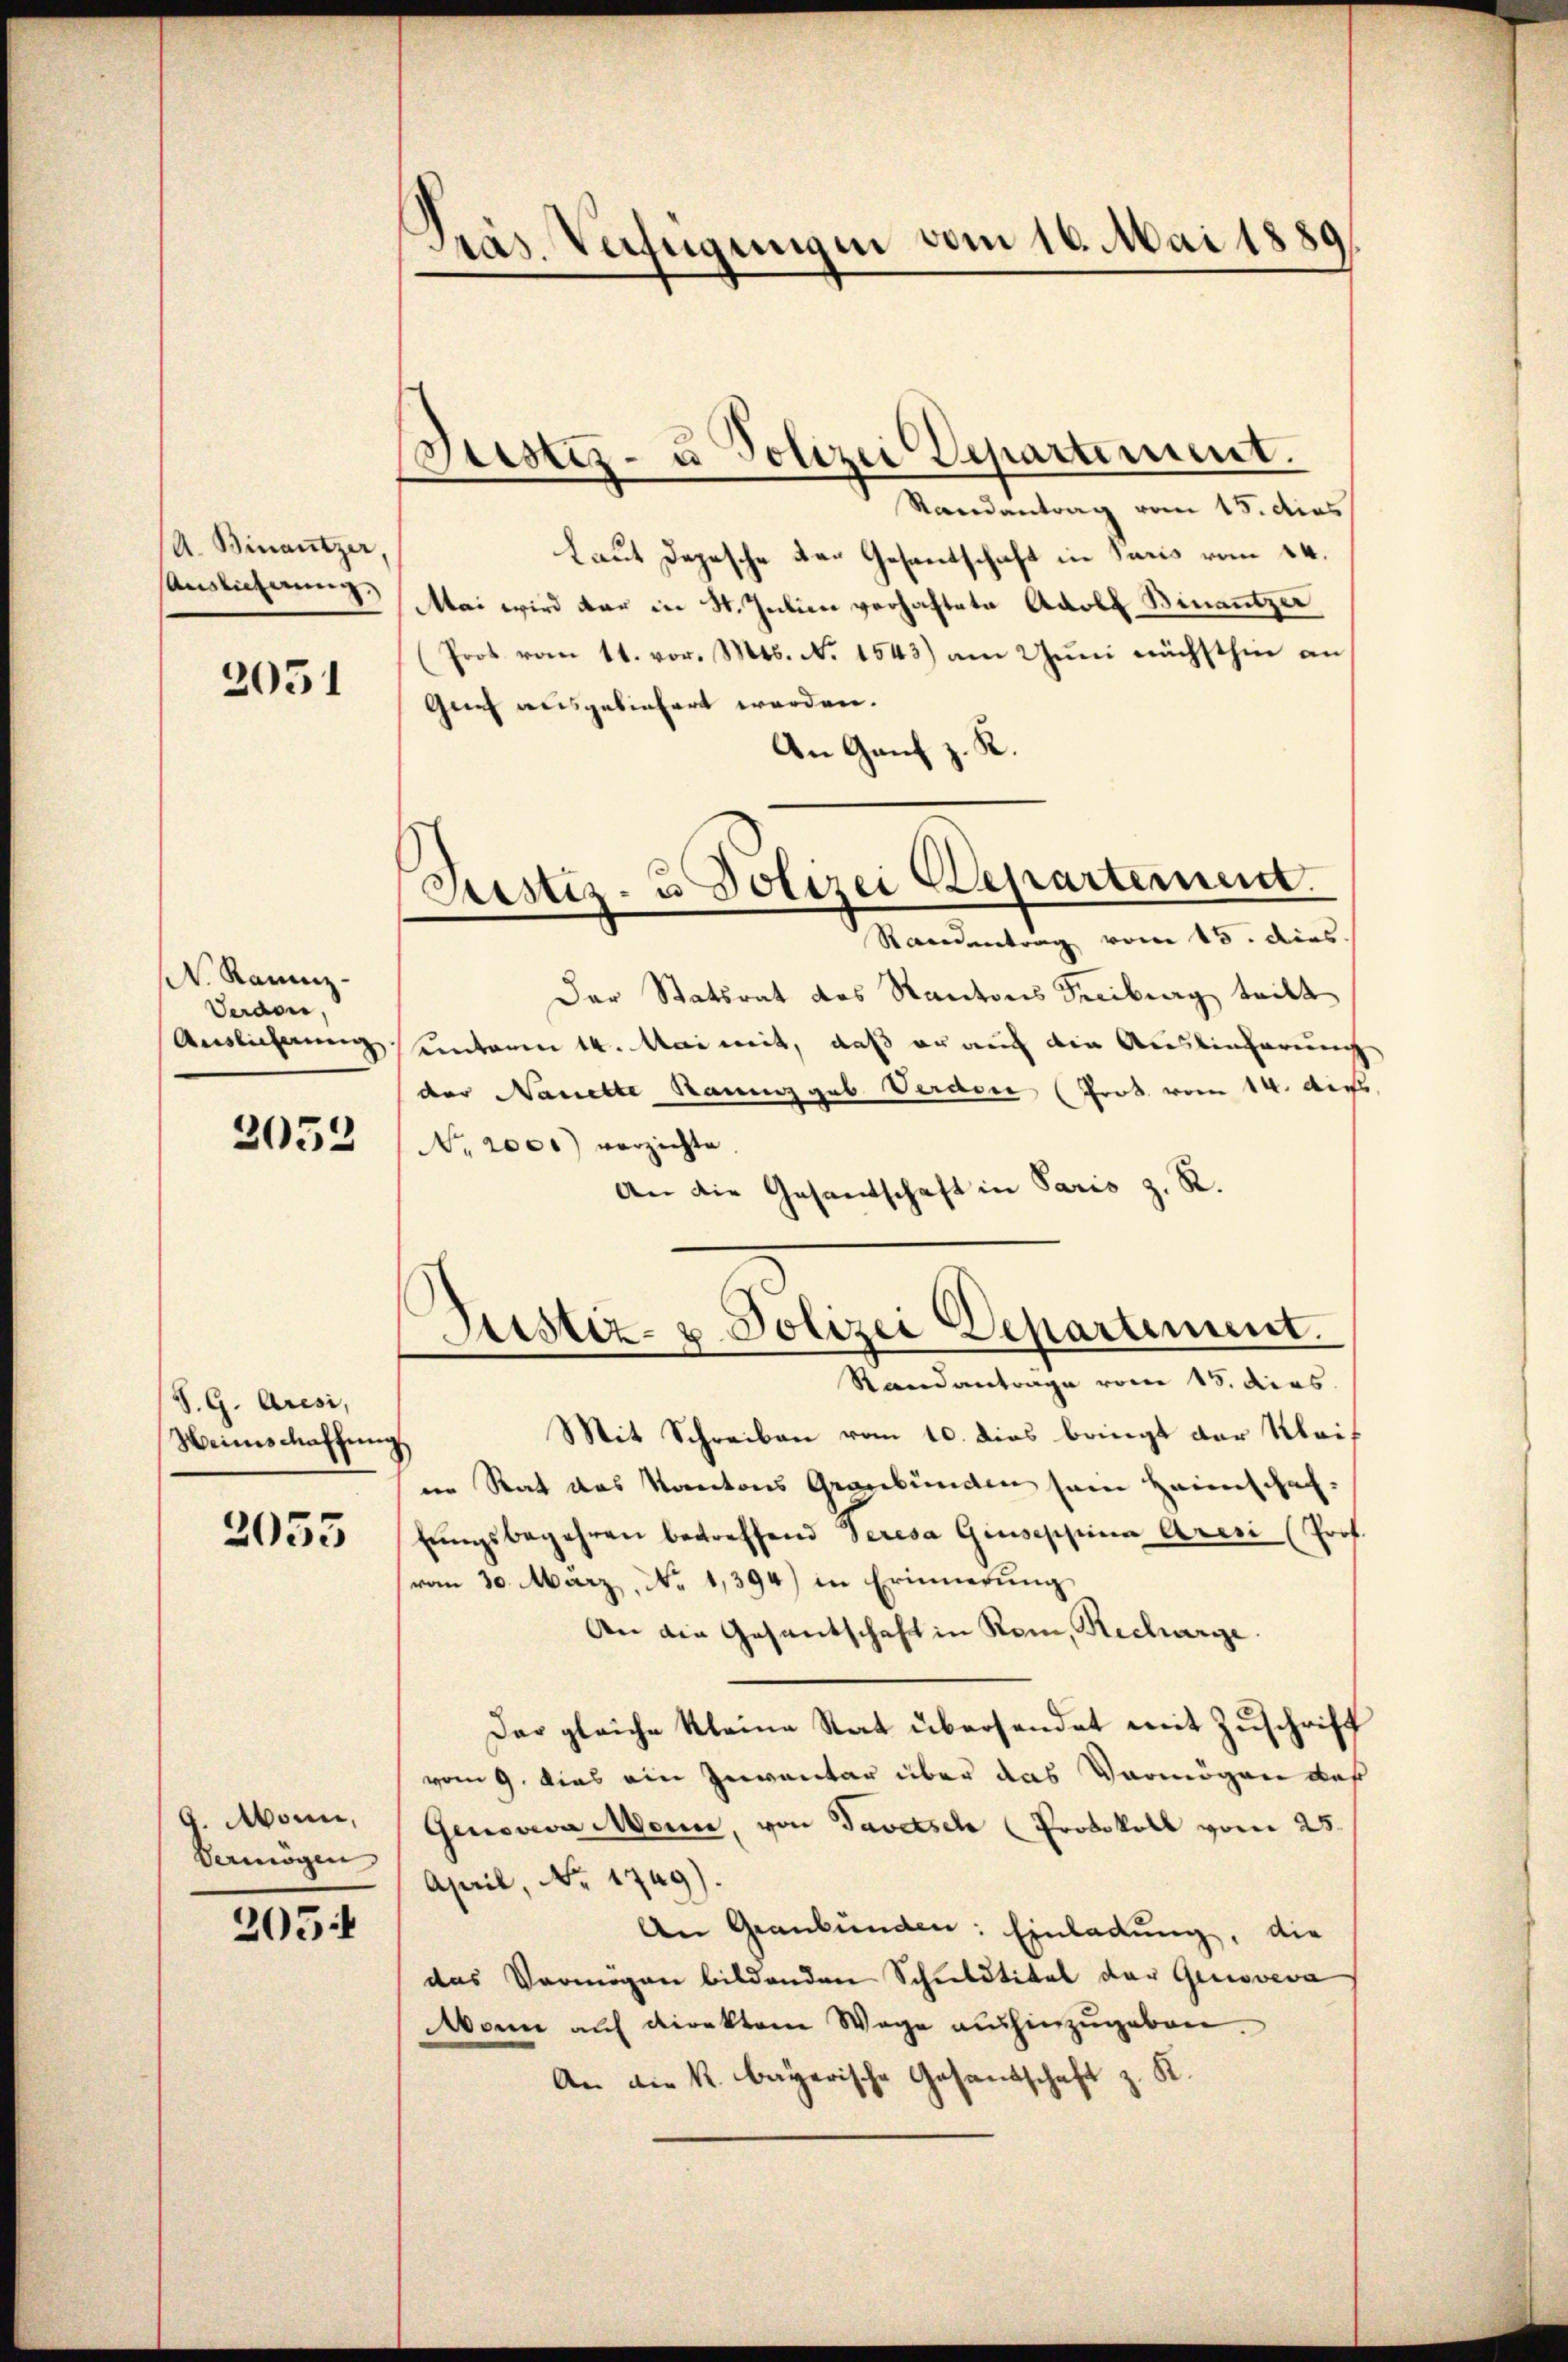
A. Binaŭtzer,
Auslicherung.

2051

N. Kanz¬
Verdon,
Auslicherung

3052

S. G. Aresi,
Weinschaffung

2055

9. Mann,
Vermögen

205

Präs. Verfügungen vom 16. Mai 1889

Puster- u Polizei Departement.

Randantrag vom 15. dies
Laut Depesche der Gesandschaft in Sacis vom 24.
Mai wird dar in St. Julien verhaftete Adolf Binantzer
Prot vom 11. vor. Mts. N. 1543) am Jŭni nächsthin an
Genf ausgebietert worden.
An Ganz z. R.
Der Statsrat des Kantons Freiburg teilt
ainteren 14. Mai mit, daß er auch die Auslieferung
der Nanette Raum geb. Verden (Grob vom 14. Aus
No. 2000) verzichte
An die Gesandschaft in Paris z. R.
Justiz- u. Polizei Departement.
Randantrage vom 15. dies
Mit Schreiben vom 10. dies bringt der Klaif
ne Rat das Kantons Graubünden sein Heimschaftŭngsbegehren betreffend Seresa Giuseppina Aresi (Prof.
vom 30. März, No 1394) in Erinnerung
An die Gesandschaft in Rom, Recharge.
Das gleiche kleine Rat übersendet mit Zuschrift
vom 9. dies ein Inventar über das Vermögen das
Genoveva Meine, von Tavetsch (Protokoll vom 25.
April, No. 1749).
An Graubünden: Einladung, die
das Vermögen bildenden Schuldtitel der Genoveva
Mann auf direktor Wege aushinzugeben.
An die k. bayerische Gesandschaft z. K.

Justiz- & Polizei Departement.
Randentrag vom 15. dies